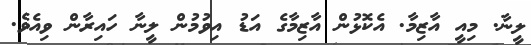
ލީނާ. މިއީ އާޒިމާ. އެކޮޅުން އާޒިމާގެ އަޑު އިވުމުން ލީނާ ހައިރާން ވިއެވެ.